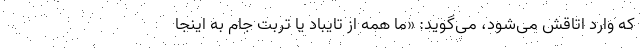
که وارد اتاقش می‌شود، می‌گوید: «ما همه از تایباد یا تربت جام به اینجا